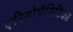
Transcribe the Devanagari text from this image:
एरियोपैगिटिका